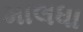
માલધા